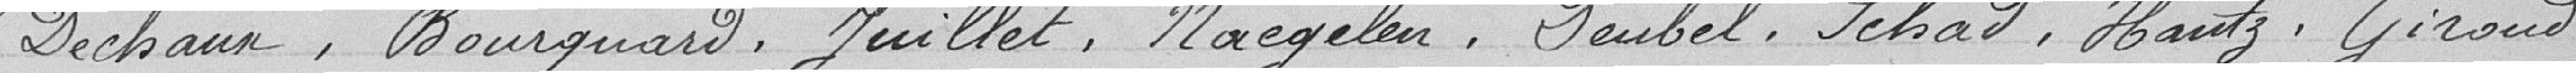
Deschaux, Bourquard, Juillet, Naegelen, Deubel, Schad, Hantz, Giroud